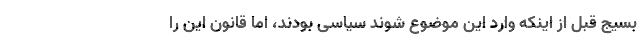
بسیج قبل از اینکه وارد این موضوع شوند سیاسی بودند، اما قانون این را